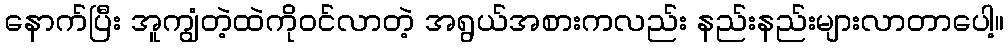
နောက်ပြီး အူကျွံတဲ့ထဲကိုဝင်လာတဲ့ အရွယ်အစားကလည်း နည်းနည်းများလာတာပေါ့။